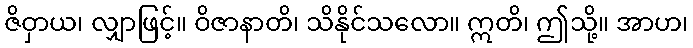
ဇိဝှာယ၊ လျှာဖြင့်။ ဝိဇာနာတိ၊ သိနိုင်သလော။ ဣတိ၊ ဤသို့။ အာဟ၊